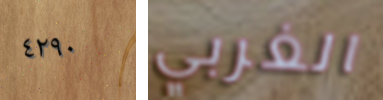
٤٢٩٠ الغربي